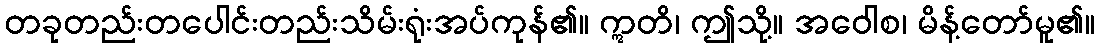
တခုတည်းတပေါင်းတည်းသိမ်းရုံးအပ်ကုန်၏။ ဣတိ၊ ဤသို့။ အဝေါစ၊ မိန့်တော်မူ၏။